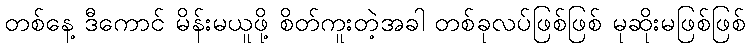
တစ်နေ့ ဒီကောင် မိန်းမယူဖို့ စိတ်ကူးတဲ့အခါ တစ်ခုလပ်ဖြစ်ဖြစ် မုဆိုးမဖြစ်ဖြစ်